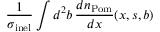
\frac { 1 } { \sigma _ { \mathrm { i n e l } } } \int d ^ { 2 } b \, \frac { d n _ { \mathrm { P o m } } } { d x } ( x , s , b )